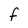
Character: F